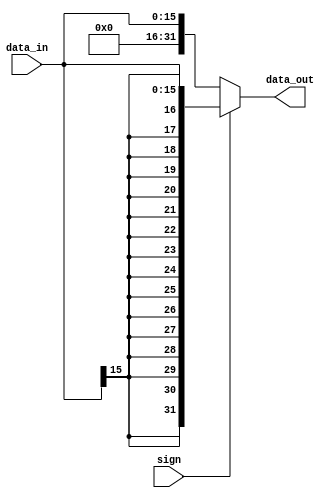
`timescale 1ns / 1ps
//////////////////////////////////////////////////////////////////////////////////
//
// 
// Design Name: 
// Module Name: SignExt
// Project Name: MIPS CPU
// Target Devices: Nexys 4 DDR
// 
//////////////////////////////////////////////////////////////////////////////////


module SignExt #(
        parameter DATA_WIDTH_IN = 16
    )(
        input [DATA_WIDTH_IN - 1:0] data_in,
        input sign,
        output [31:0] data_out
    );
    wire [31:0] signext_data;
    wire [31:0] unsignext_data;
    assign signext_data = {{(32 - DATA_WIDTH_IN){data_in[DATA_WIDTH_IN - 1]}}, data_in};
    assign unsignext_data = {{(32 - DATA_WIDTH_IN){1'b0}}, data_in};
    assign data_out = sign == 1 ? signext_data : unsignext_data;
endmodule